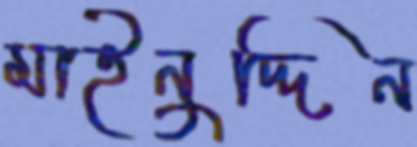
মাইনুদ্দিন